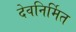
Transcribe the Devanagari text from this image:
देवनिर्मित